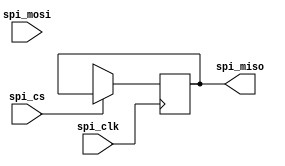
module spi_controller (
  input wire spi_clk,
  input wire spi_mosi,
  output wire spi_miso,
  input wire spi_cs
);
  
  reg [7:0] data_reg;
  reg [7:0] tx_data;
  reg [7:0] rx_data;
  reg busy;
  
  always @(posedge spi_clk) begin
    if (spi_cs) begin
      data_reg <= tx_data;
      busy <= 1;
    end else begin
      spi_miso <= rx_data;
      busy <= 0;
    end
    
    if (busy) begin
      // Logic for generating clock signals and data transmission
    end else begin
      // Logic for handling data synchronization
    end
  end
  
endmodule